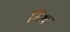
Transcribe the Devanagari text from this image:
बिश्र